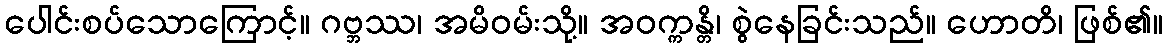
ပေါင်းစပ်သောကြောင့်။ ဂဗ္ဘဿ၊ အမိဝမ်းသို့။ အဝက္ကန္တိ၊ စွဲနေခြင်းသည်။ ဟောတိ၊ ဖြစ်၏။